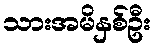
သားအမိနှစ်ဦး